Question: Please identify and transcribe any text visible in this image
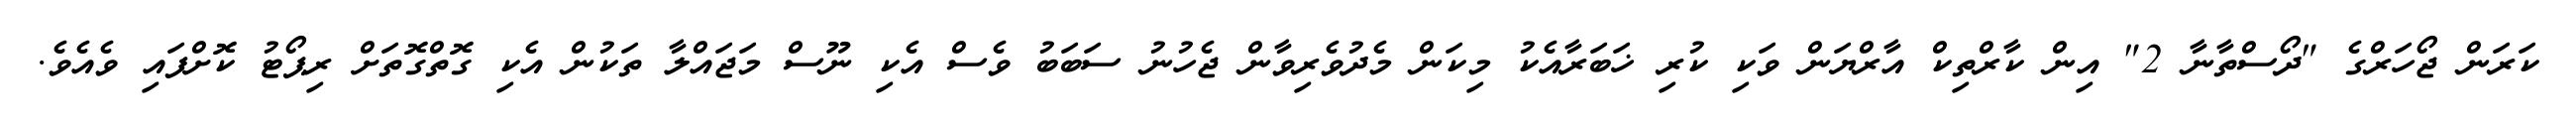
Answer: ކަރަން ޖޯހަރްގެ "ދޯސްތާނާ 2" އިން ކާރްތިކް އާރްޔަން ވަކި ކުރި ޚަބަރާއެކު މިކަން މެދުވެރިވާން ޖެހުނު ސަބަބު ވެސް އެކި ނޫސް މަޖައްލާ ތަކުން އެކި ގޮތްގޮތަށް ރިޕޯޓު ކޮށްފައި ވެއެވެ.